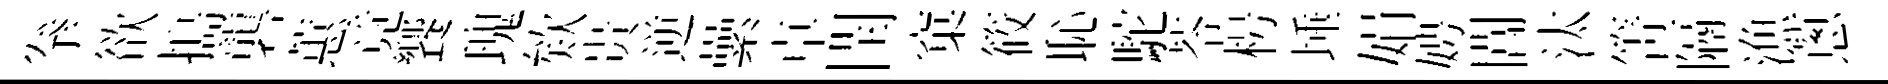
拳欲搗礱蕙竟饗瑰欸贵逆纍卓閏窠筱恥駝苓枵埵娟娉閶汰箐隔漁蔥